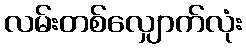
လမ်းတစ်လျှောက်လုံး